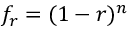
f _ { r } = ( 1 - r ) ^ { n }